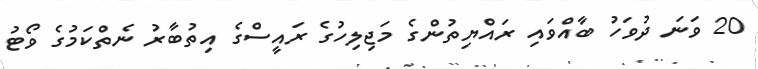
20 ވަނަ ދުވަހު ބާއްވައި ރައްޔިތުންގެ މަޖިލިހުގެ ރައީސްގެ އިތުބާރު ނެތްކަމުގެ ވޯޓު